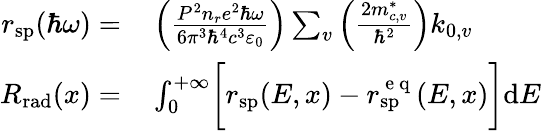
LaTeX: \begin{array}{rl}{r_{\mathrm{sp}}(\hbar\omega)=}&{{}\left(\frac{P^{2}n_{r}e^{2}\hbar\omega}{6\pi^{3}\hbar^{4}c^{3}\varepsilon_{0}}\right)\sum_{v}\left(\frac{2m_{c,v}^{*}}{\hbar^{2}}\right)k_{0,v}}\\ {R_{\mathrm{rad}}(x)=}&{{}\int_{0}^{+\infty}\biggl[r_{\mathrm{sp}}(E,x)-r_{\mathrm{sp}}^{\mathrm{~e~q~}}(E,x)\biggr]\mathrm{d}E}\end{array}